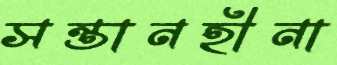
সন্তানহীনা